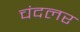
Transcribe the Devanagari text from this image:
चंदलर